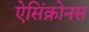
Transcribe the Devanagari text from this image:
ऐसिंक्रोनस